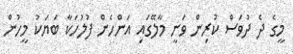
މީގެ ދެ ދުވަސް ކުރިން ވަނީ މާލޭގައި އަންހެން ފުލުހަކާ ބަޔަކު މީހުން